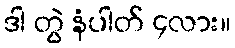
ဒါ တွဲ နံပါတ် ၄လား။